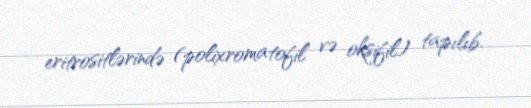
eritrositlərində (polixromatofil və oksifil) tapılıb.